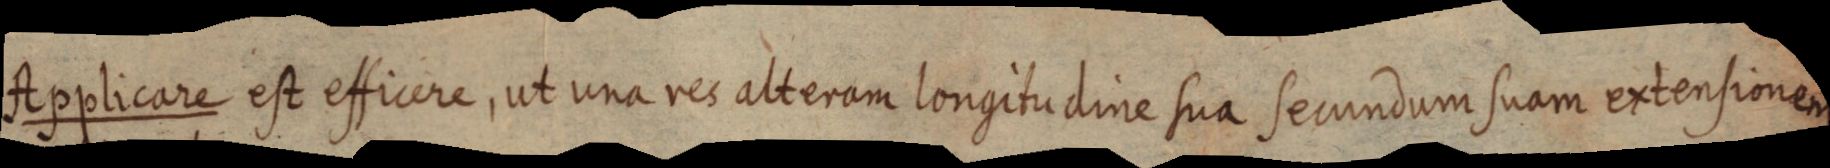
Applicare est efficere, ut una res alteram longitudine sua secundum suam extensionem